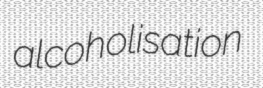
alcoholisation